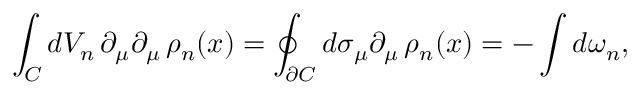
\int _ { \cal { C } } d V _ { n } \, \partial _ { \mu } \partial _ { \mu } \, \rho _ { n } ( x ) = \oint _ { \partial \cal { C } } d \sigma _ { \mu } \partial _ { \mu } \, \rho _ { n } ( x ) = - \int d \omega _ { n } ,